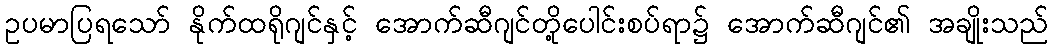
ဥပမာပြရသော် နိုက်ထရိုဂျင်နှင့် အောက်ဆီဂျင်တို့ပေါင်းစပ်ရာ၌ အောက်ဆီဂျင်၏ အချိုးသည်